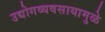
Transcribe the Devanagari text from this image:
उद्योगव्यवसायामुळे